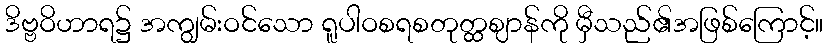
ဒိဗ္ဗဝိဟာရ၌ အကျွမ်းဝင်သော ရူပါဝစရစတုတ္ထဈာန်ကို မှီသည်၏အဖြစ်ကြောင့်။